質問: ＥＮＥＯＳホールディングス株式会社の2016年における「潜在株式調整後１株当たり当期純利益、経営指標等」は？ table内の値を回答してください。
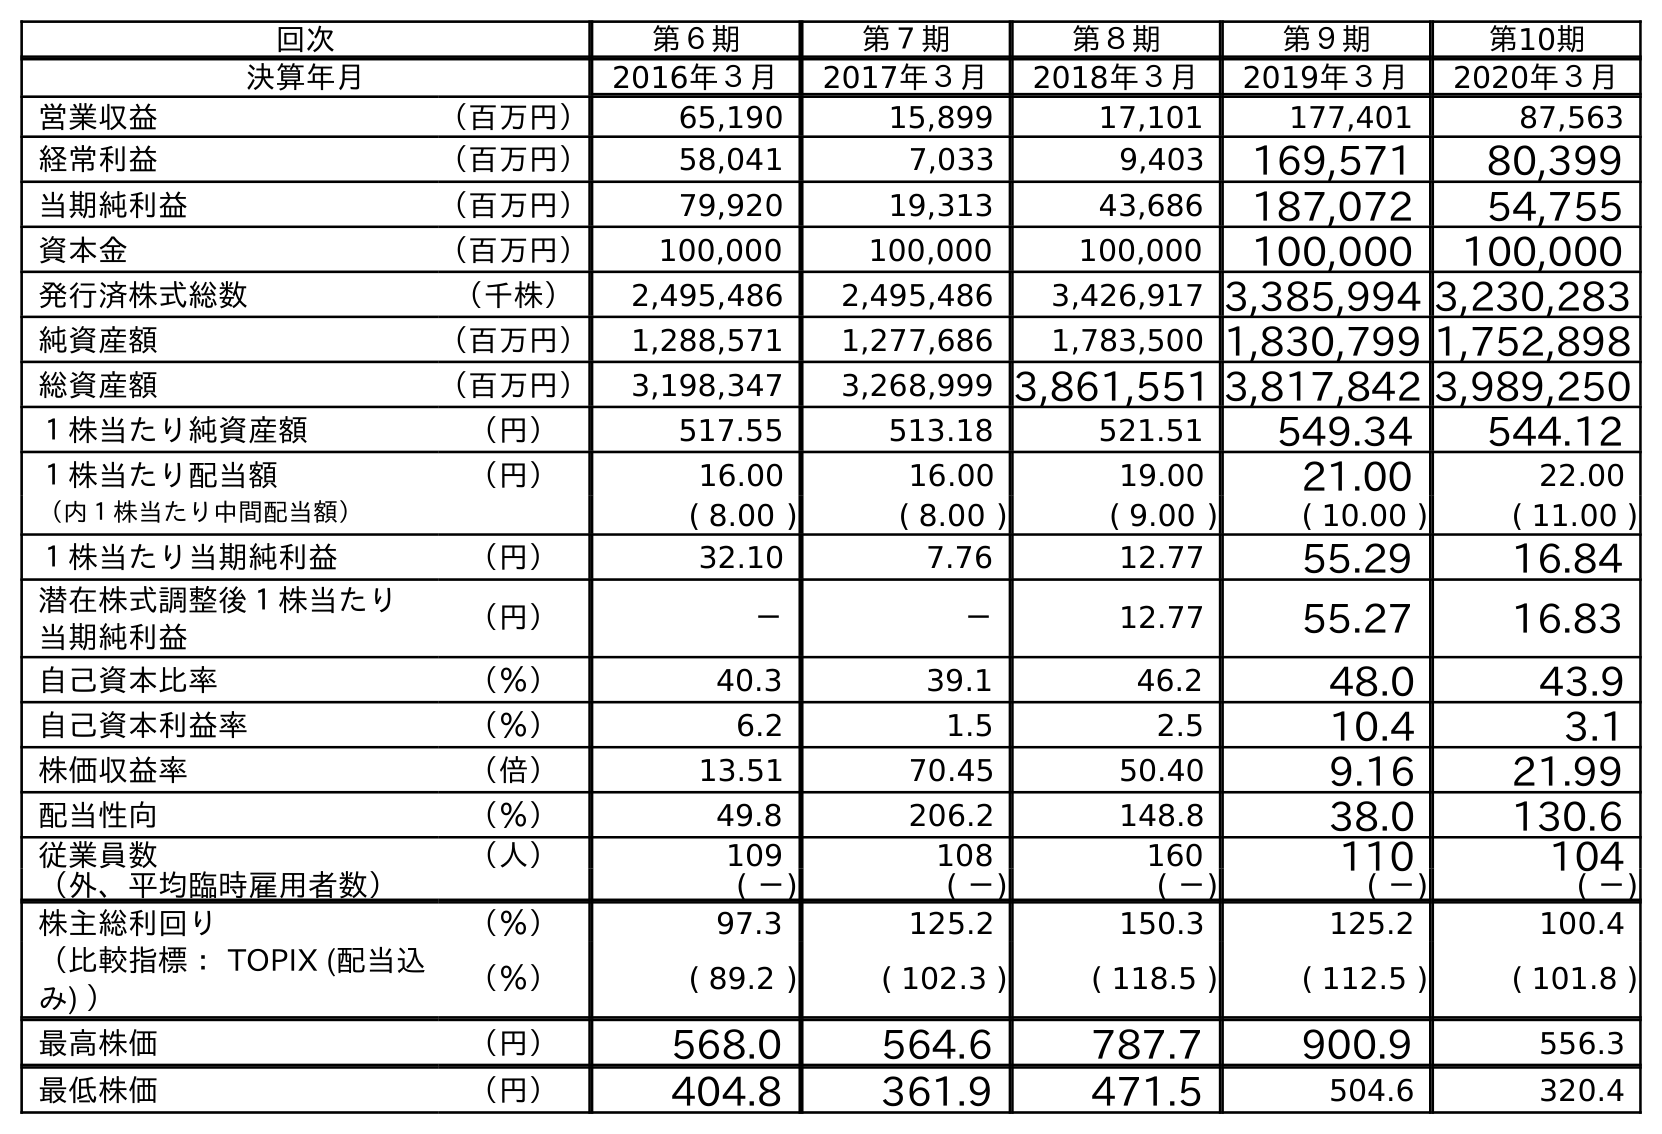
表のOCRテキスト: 回次 第６期 第７期 第８期 第９期 第10期 決算年月 2016年３月 2017年３月 2018年３月 2019年３月 2020年３月 営業収益 （百万円） 65,190 15,899 17,101 177,401 87,563 経常利益 （百万円） 58,041 7,033 9,403 169,571 80,399 当期純利益 （百万円） 79,920 19,313 43,686 187,072 54,755 資本金 （百万円） 100,000 100,000 100,000 100,000 100,000 発行済株式総数 （千株） 2,495,486 2,495,486 3,426,917 3,385,994 3,230,283 純資産額 （百万円） 1,288,571 1,277,686 1,783,500 1,830,799 1,752,898 総資産額 （百万円） 3,198,347 3,268,999 3,861,551 3,817,842 3,989,250 １株当たり純資産額 （円） 517.55 513.18 521.51 549.34 544.12 １株当たり配当額 （円） 16.00 16.00 19.00 21.00 22.00 （内１株当たり中間配当額） ( 8.00 ) ( 8.00 ) ( 9.00 ) ( 10.00 ) ( 11.00 ) １株当たり当期純利益 （円） 32.10 7.76 12.77 55.29 16.84 潜在株式調整後１株当たり 当期純利益 （円） － － 12.77 55.27 16.83 自己資本比率 （％） 40.3 39.1 46.2 48.0 43.9 自己資本利益率 （％） 6.2 1.5 2.5 10.4 3.1 株価収益率 （倍） 13.51 70.45 50.40 9.16 21.99 配当性向 （％） 49.8 206.2 148.8 38.0 130.6 従業員数 （人） 109 108 160 110 104 （外、平均臨時雇用者数） ( －) ( －) ( －) ( －) ( －) 株主総利回り （％） 97.3 125.2 150.3 125.2 100.4 （比較指標： TOPIX (配当込 み) ） （％） ( 89.2 ) ( 102.3 ) ( 118.5 ) ( 112.5 ) ( 101.8 ) 最高株価 （円） 568.0 564.6 787.7 900.9 556.3 最低株価 （円） 404.8 361.9 471.5 504.6 320.4
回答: －